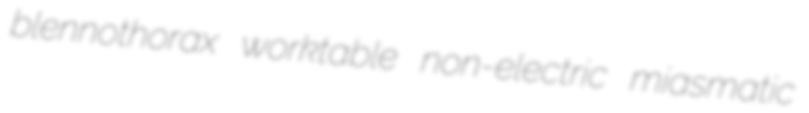
blennothorax worktable non-electric miasmatic